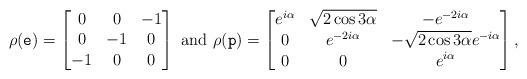
LaTeX: \begin{align*} \rho(\tt e)=\begin{bmatrix}0 & 0 & -1\\0 & -1 & 0\\-1 & 0 & 0\end{bmatrix}\mbox{ and }\rho(\tt p)=\begin{bmatrix}e^{i\alpha} & \sqrt{2\cos{3\alpha}} & -e^{-2i\alpha}\\ 0 &e^{-2i\alpha} &-\sqrt{2\cos{3\alpha}}e^{-i\alpha} \\ 0 & 0 & e^{i\alpha} \end{bmatrix}, \end{align*}